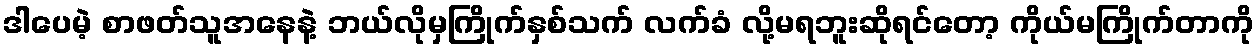
ဒါပေမဲ့ စာဖတ်သူအနေနဲ့ ဘယ်လိုမှကြိုက်နှစ်သက် လက်ခံ လို့မရဘူးဆိုရင်တော့ ကိုယ်မကြိုက်တာကို